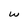
Character: w